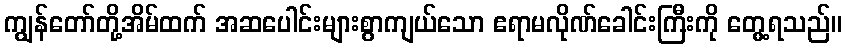
ကျွန်တော်တို့အိမ်ထက် အဆပေါင်းများစွာကျယ်သော ဧရာမလိုဏ်ခေါင်းကြီးကို တွေ့ရသည်။